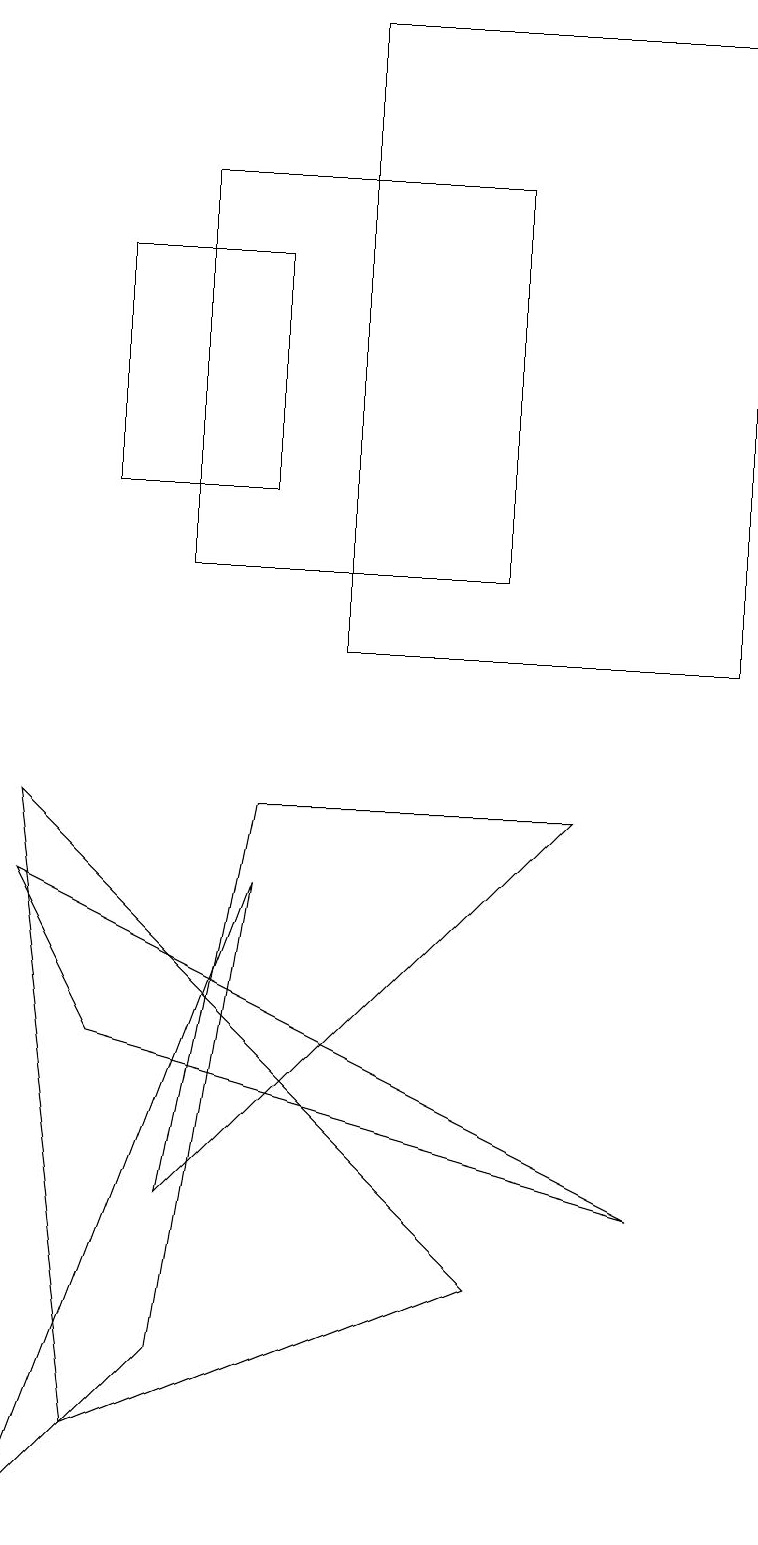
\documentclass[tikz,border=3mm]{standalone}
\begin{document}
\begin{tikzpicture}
\draw (9,11) rectangle (4,19);
\draw (3,8) -- (0,0) -- (2,2) -- cycle;
\draw (0,9) -- (1,1) -- (6,3) -- cycle;
\draw (2,12) rectangle (6,17);
\draw (3,16) rectangle (1,13);
\draw (7,9) -- (3,9) -- (2,4) -- cycle;
\draw (1,6) -- (0,8) -- (8,4) -- cycle;
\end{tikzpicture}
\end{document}